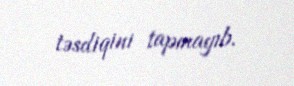
təsdiqini tapmayıb.